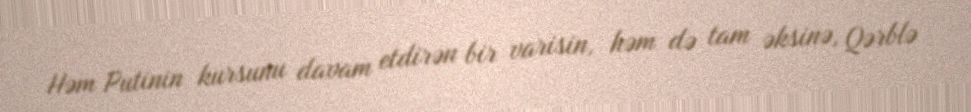
Həm Putinin kursunu davam etdirən bir varisin, həm də tam əksinə, Qərblə